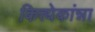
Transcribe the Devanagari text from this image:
कित्त्येकांन्ना